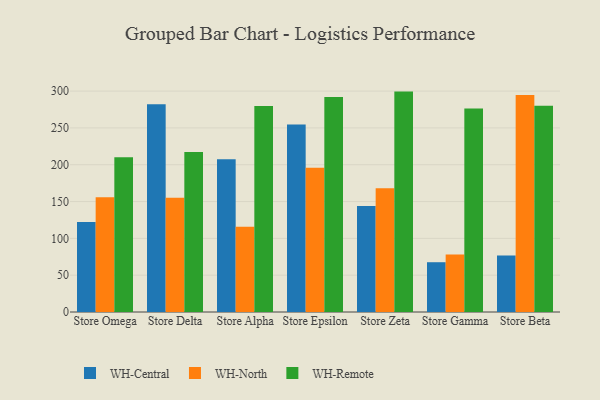
{"axis": {"x": "Store", "y": "Net Income (USD K)"}, "legend": ["WH-Central", "WH-North", "WH-Remote"], "data": [{"x": "Store Omega", "y": 122.3, "type": "WH-Central"}, {"x": "Store Omega", "y": 155.9, "type": "WH-North"}, {"x": "Store Omega", "y": 210.0, "type": "WH-Remote"}, {"x": "Store Delta", "y": 282.1, "type": "WH-Central"}, {"x": "Store Delta", "y": 155.2, "type": "WH-North"}, {"x": "Store Delta", "y": 217.2, "type": "WH-Remote"}, {"x": "Store Alpha", "y": 207.4, "type": "WH-Central"}, {"x": "Store Alpha", "y": 115.9, "type": "WH-North"}, {"x": "Store Alpha", "y": 279.7, "type": "WH-Remote"}, {"x": "Store Epsilon", "y": 254.7, "type": "WH-Central"}, {"x": "Store Epsilon", "y": 195.8, "type": "WH-North"}, {"x": "Store Epsilon", "y": 291.9, "type": "WH-Remote"}, {"x": "Store Zeta", "y": 144.0, "type": "WH-Central"}, {"x": "Store Zeta", "y": 168.0, "type": "WH-North"}, {"x": "Store Zeta", "y": 299.3, "type": "WH-Remote"}, {"x": "Store Gamma", "y": 67.6, "type": "WH-Central"}, {"x": "Store Gamma", "y": 78.2, "type": "WH-North"}, {"x": "Store Gamma", "y": 276.2, "type": "WH-Remote"}, {"x": "Store Beta", "y": 76.6, "type": "WH-Central"}, {"x": "Store Beta", "y": 294.6, "type": "WH-North"}, {"x": "Store Beta", "y": 280.2, "type": "WH-Remote"}]}